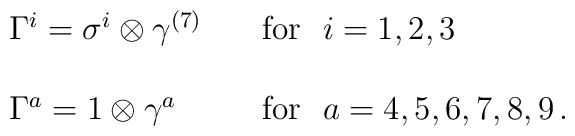
\begin{array}{ll}\Gamma^{i}=\sigma^{i}\otimes\gamma^{(7)}&~~~\mbox{for~}~i=1,2,3\\{}&{}\\\Gamma^{a}=1\otimes\gamma^{a}&~~~\mbox{for~}~a=4,5,6,7,8,9\,.\end{array}